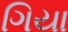
ગિયા